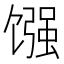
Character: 𫗳